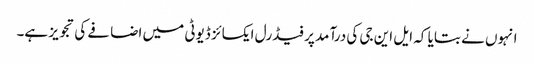
انہوں نے بتایا کہ ایل این جی کی درآمد پر فیڈرل ایکسائز ڈیوٹی میں اضافے کی تجویز ہے۔